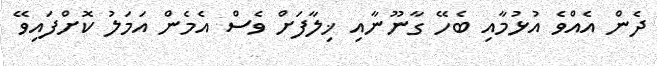
ދެން އެެއްވެ އުޅުމާއި ބެހޭ ގާނޫނާއި ޚިލާފަށް ވެސް އެމެން އަމަލު ކޮށްފައިވޭ